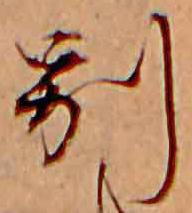
別